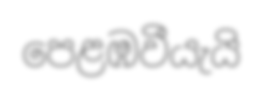
පෙළඹවීයැයි